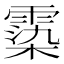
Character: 𩃵